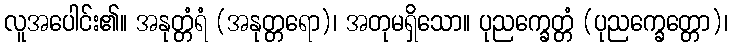
လူအပေါင်း၏။ အနုတ္တံရံ (အနုတ္တရော)၊ အတုမရှိသော။ ပုညက္ခေတ္တံ (ပုညက္ခေတ္တော)၊